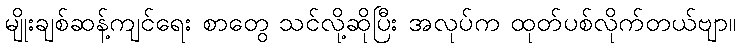
မျိုးချစ်ဆန့်ကျင်ရေး စာတွေ သင်လို့ဆိုပြီး အလုပ်က ထုတ်ပစ်လိုက်တယ်ဗျာ။